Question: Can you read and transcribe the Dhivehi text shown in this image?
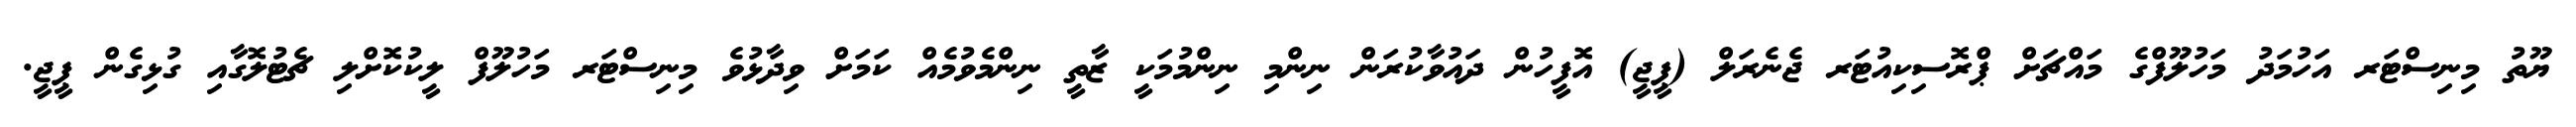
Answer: ޔޫތު މިނިސްޓަރ އަހުމަދު މަހުލޫފްގެ މައްޗަށް ޕްރޮސިކިއުޓަރ ޖެނެރަލް (ޕީޖީ) އޮފީހުން ދައުވާކުރަން ނިންމި ނިންމުމަކީ ޒާތީ ނިންމެވުމެއް ކަމަށް ވިދާޅުވެ މިނިސްޓަރ މަހުލޫފް ލީކުކޮށްލި ޗެޓުލޮގާއި ގުޅިގެން ޕީޖީ.